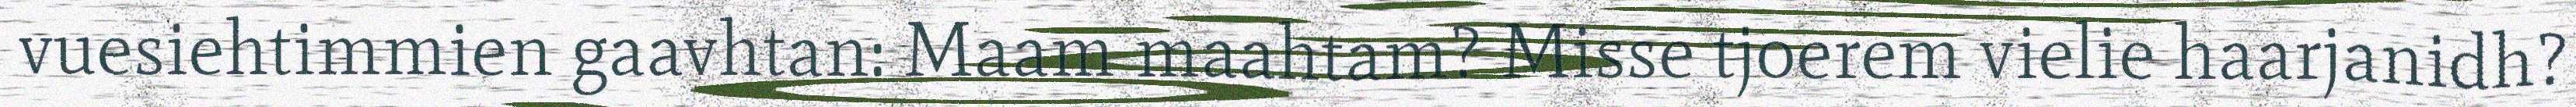
vuesiehtimmien gaavhtan: Maam maahtam? Misse tjoerem vielie haarjanidh?